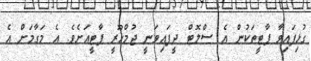
ގުޅިފައިވާ ޕާޓީތަކުން އެ ސްލޮޓް ދީފައިވަނީ ޖުމްހޫރީ ޕާޓީއަށެވެ. އެ މަގާމަށް އެ